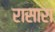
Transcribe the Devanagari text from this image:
रासारा